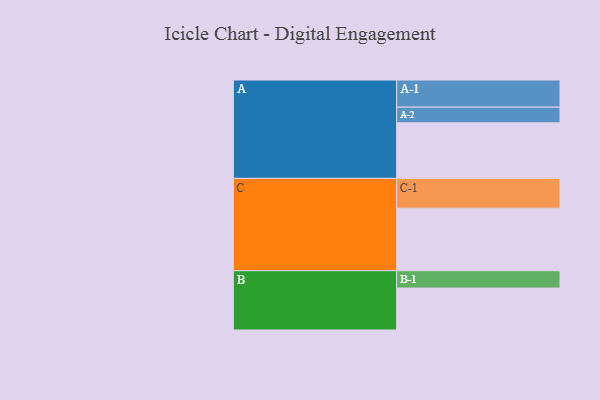
{"axis": {"x": "Segment", "y": "Value"}, "legend": ["", "A", "B", "C"], "data": [{"x": "A", "y": 432, "type": ""}, {"x": "B", "y": 326, "type": ""}, {"x": "C", "y": 486, "type": ""}, {"x": "A-1", "y": 211, "type": "A"}, {"x": "A-2", "y": 122, "type": "A"}, {"x": "B-1", "y": 135, "type": "B"}, {"x": "C-1", "y": 232, "type": "C"}]}